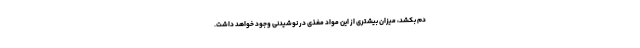
دم بکشد، میزان بیشتری از این مواد مغذی در نوشیدنی وجود خواهد داشت.